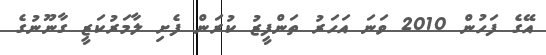
އޭގެ ފަހުން 2010 ވަނަ އަހަރު ތަންފީޒު ކުރަން ފެށި ލާމަރުކަޒީ ގާނޫނުގެ